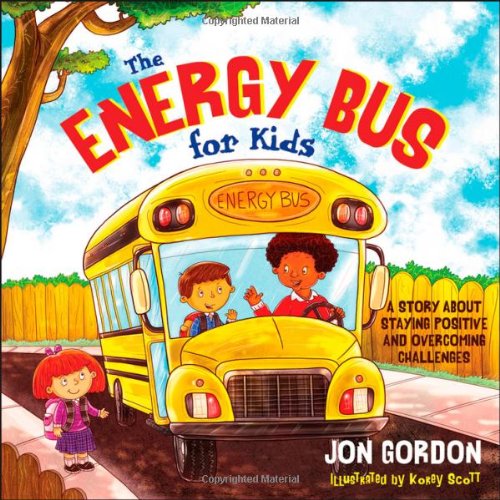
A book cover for The Energy Bus for Kids: A Story about Staying Positive and Overcoming Challenges; Jon Gordon; Business & Money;